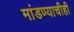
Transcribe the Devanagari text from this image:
मांडण्याचीही